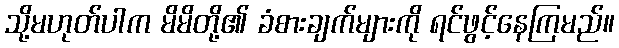
သို့မဟုတ်ပါက မိမိတို့၏ ခံစားချက်များကို ရင်ဖွင့်နေကြမည်။